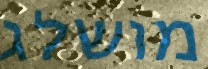
מושלג